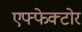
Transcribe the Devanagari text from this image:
एफ्फेक्टोर